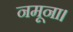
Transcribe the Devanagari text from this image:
नमूना।